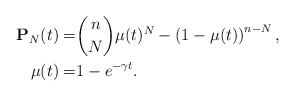
\begin{align*}\mathbf{P}_N(t) =& {{n}\choose{N}} \mu(t)^N - \left(1-\mu(t)\right)^{n-N},\\\mu(t) =& 1- e^{-\gamma t}. \end{align*}